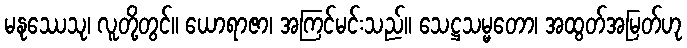
မနုဿေသု၊ လူတို့တွင်။ ယောရာဇာ၊ အကြင်မင်းသည်။ သေဋ္ဌသမ္မတော၊ အထွတ်အမြတ်ဟု